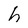
Character: h